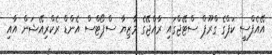
އޭއެފްސީ ކަޕްގެ ގްރޫޕް ސްޓޭޖްގައި ރާއްޖޭގެ މާޒިޔާ ސްޕޯޓްސް އެންޑް ރެކްރިއޭޝަން އާއި